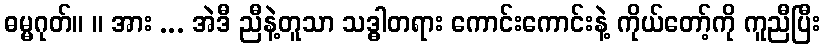
ဓမ္မဂုတ်။ ။ အား ... အဲဒီ ညီနဲ့တူသာ သဒ္ဓါတရား ကောင်းကောင်းနဲ့ ကိုယ်တော့်ကို ကူညီပြီး